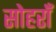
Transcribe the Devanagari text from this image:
सोहराँ